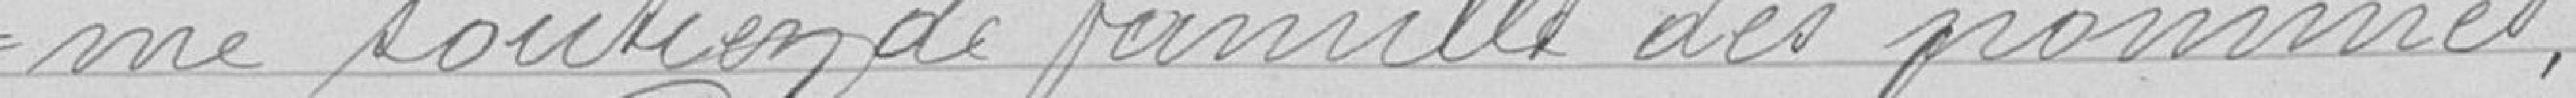
-me soutien de famille des pauvres,